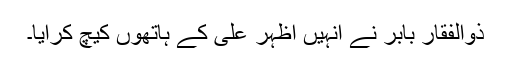
ذوالفقار بابر نے انہیں اظہر علی کے ہاتھوں کیچ کرایا۔